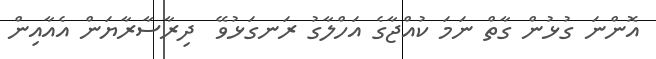
އޮންނަ ގުޅުން ގާތް ނަމަ ކުއްޖާގެ އަހްލާގު ރަނގަޅުވޭ  ދިރާސާރާޔަން އެއާއިން